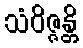
သံဝိဇ္ဇန္တိ